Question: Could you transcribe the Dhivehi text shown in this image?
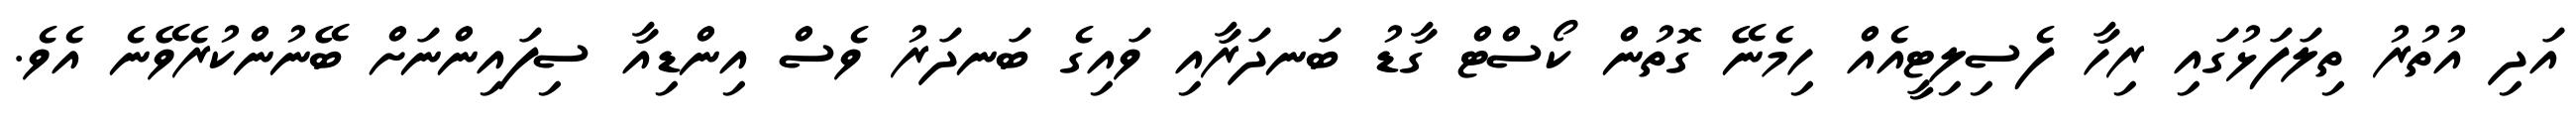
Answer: އަދި އުތުރު ތިލަފަޅުގައި ރިހާ ފެސިލިޓީއެއް ހިމެނޭ ގޮތުން ކޯސްޓް ގާޑު ބަނދަރާއި ވައިގެ ބަނދަރު ވެސް އިންޑިއާ ސިފައިންނަށް ބޭނުންކުރެވޭނެ އެވެ.